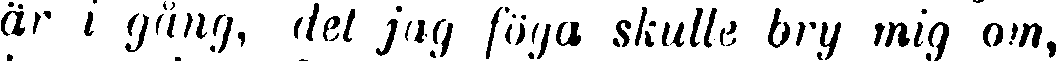
är i gång, det jag föga skulle bry mig om,